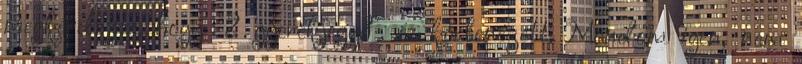
megkérdezte, hogy "2 gyerekjegy?", és körbenézett. Mondom igen, nem